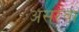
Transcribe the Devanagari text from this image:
असरवा